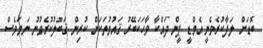
ބޮޑަށް ލަފާކުރެވެނީ އެމްޑީ ޕީން ދައްކާ ވާހަކަބޭރު ޤައުމުތަކަށް ކުރިން ޤަބޫލުކުރެވުނު ނަމަވެސް